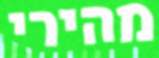
מהירי